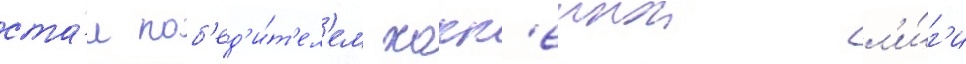
ста́л поб'ед'и́т'ел'ем хокк'еинои л'и́г'и